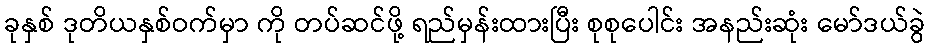
ခုနှစ် ဒုတိယနှစ်ဝက်မှာ ကို တပ်ဆင်ဖို့ ရည်မှန်းထားပြီး စုစုပေါင်း အနည်းဆုံး မော်ဒယ်ခွဲ